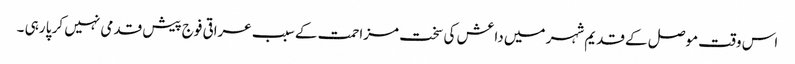
اس وقت موصل کے قدیم شہر میں داعش کی سخت مزاحمت کے سبب عراقی فوج پیش قدمی نہیں کر پا رہی ۔